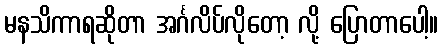
မနသိကာရဆိုတာ အင်္ဂလိပ်လိုတော့ လို့ ပြောတာပေါ့။